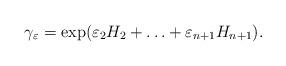
LaTeX: \begin{align*}\gamma_\varepsilon = \exp(\varepsilon_2 H_2 + \ldots + \varepsilon_{n+1} H_{n+1}).\end{align*}